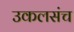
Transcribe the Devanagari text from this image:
उकलसंच